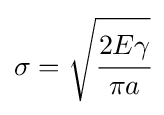
\sigma ={\sqrt {\cfrac {2E\gamma }{\pi a}}}